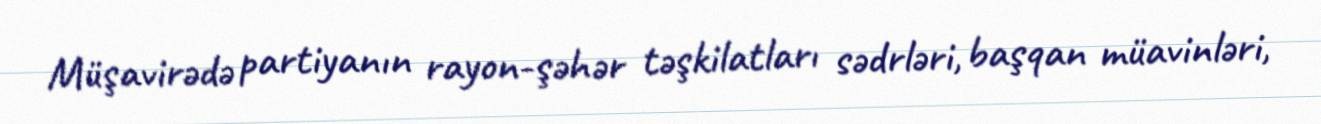
Müşavirədə partiyanın rayon-şəhər təşkilatları sədrləri, başqan müavinləri,